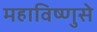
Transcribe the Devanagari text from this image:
महाविष्णुसे